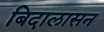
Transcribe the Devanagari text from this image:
बिदालासन